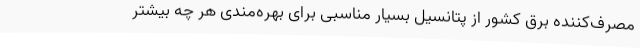
مصرف‌کننده برق کشور از پتانسیل بسیار مناسبی برای بهره‌مندی هر چه بیشتر